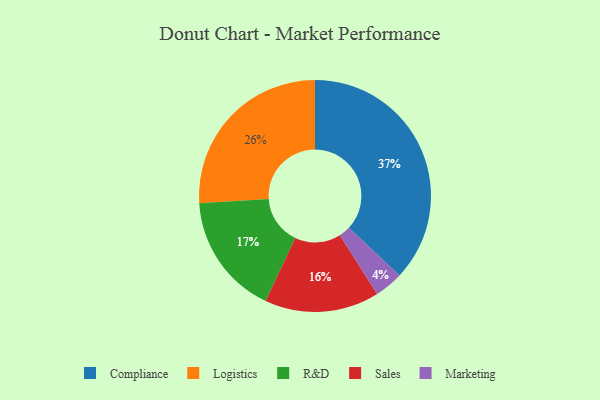
{"axis": {"x": "Category", "y": "Percentage"}, "legend": ["Compliance", "Logistics", "Marketing", "R&D", "Sales"], "data": [{"x": "Sales", "y": 16, "type": "Sales"}, {"x": "Marketing", "y": 4, "type": "Marketing"}, {"x": "Logistics", "y": 26, "type": "Logistics"}, {"x": "R&D", "y": 17, "type": "R&D"}, {"x": "Compliance", "y": 37, "type": "Compliance"}]}